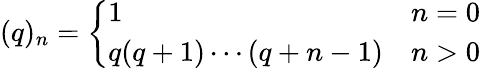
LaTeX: (q)_{n}={\left\{ \begin{array}{ll}{1}&{n=0}\\ {q(q+1)\cdots(q+n-1)}&{n>0}\end{array}\right.}